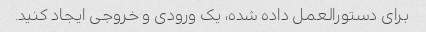
برای دستورالعمل داده شده، یک ورودی و خروجی ایجاد کنید.